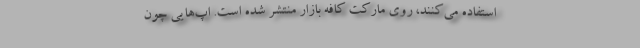
استفاده می‌کنند، روی مارکت کافه بازار منتشر شده است. اپ‌هایی چون